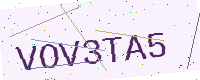
Text: VOV3TA5